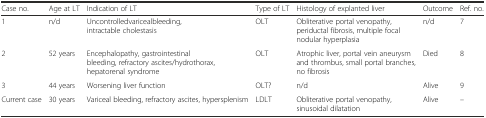
<table><thead><tr><td><b>Case no.</b></td><td><b>Age at LT</b></td><td><b>Indication of LT</b></td><td><b>Type of LT</b></td><td><b>Histology of explanted liver</b></td><td><b>Outcome</b></td><td><b>Ref. no.</b></td></tr></thead><tbody><tr><td>1</td><td>n/d</td><td>Uncontrolledvaricealbleeding, intractable cholestasis</td><td>OLT</td><td>Obliterative portal venopathy, periductal fibrosis, multiple focal nodular hyperplasia</td><td>n/d</td><td>7</td></tr><tr><td>2</td><td>52 years</td><td>Encephalopathy, gastrointestinal bleeding, refractory ascites/hydrothorax, hepatorenal syndrome</td><td>OLT</td><td>Atrophic liver, portal vein aneurysm and thrombus, small portal branches, no fibrosis</td><td>Died</td><td>8</td></tr><tr><td>3</td><td>44 years</td><td>Worsening liver function</td><td>OLT?</td><td>n/d</td><td>Alive</td><td>9</td></tr><tr><td>Current case</td><td>30 years</td><td>Variceal bleeding, refractory ascites, hypersplenism</td><td>LDLT</td><td>Obliterative portal venopathy, sinusoidal dilatation</td><td>Alive</td><td>–</td></tr></tbody></table>